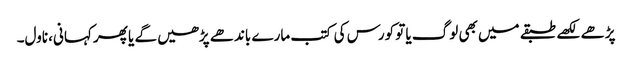
پڑھے لکھے طبقے میں بھی لوگ یا تو کورس کی کتب مارے باندھے پڑھیں گے یا پھر کہانی، ناول۔